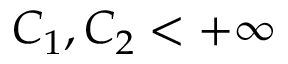
C _ { 1 } , C _ { 2 } < + \infty